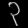
Digit: ၃